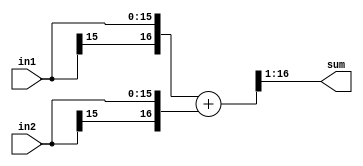

module add2
  #(parameter WIDTH=16)
    (input [WIDTH-1:0] in1,
     input [WIDTH-1:0] in2,
     output [WIDTH-1:0] sum);

   wire [WIDTH:0] 	sum_int = {in1[WIDTH-1],in1} + {in2[WIDTH-1],in2};
   assign 		sum = sum_int[WIDTH:1];  // Note -- will have some bias
   
endmodule // add2